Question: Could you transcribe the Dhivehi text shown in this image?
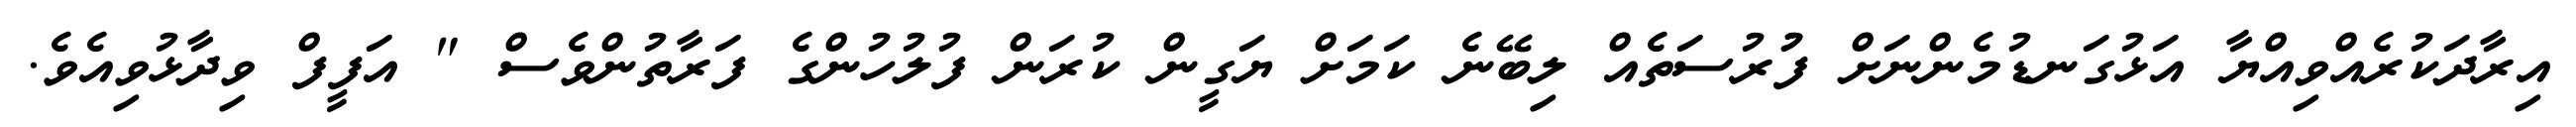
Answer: އިރާދަކުރެއްވިއްޔާ އަޅުގަނޑުމެންނަށް ފުުރުސަތެއް ލިބޭނެ ކަމަށް ޔަގީން ކުރަން ފުލުހުންގެ ފަރާތުންވެސް " އަފީފް ވިދާޅުވިއެވެ.